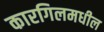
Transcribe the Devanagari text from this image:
कारगिलमधील